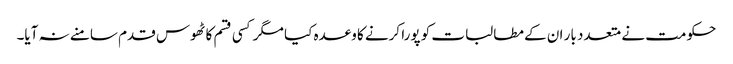
حکومت نے متعدد بار ان کے مطالبات کو پورا کرنے کا وعدہ کیا مگر کسی قسم کا ٹھوس قدم سامنے نہ آیا۔